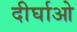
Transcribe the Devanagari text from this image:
दीर्घाओ